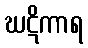
ဃဋိကာရ